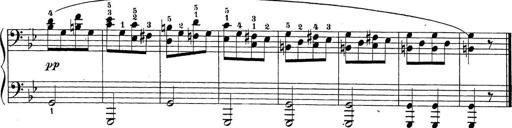
Title: Sonatina Album
Composer: Louis KÃ¶hler